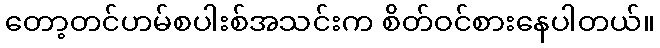
တော့တင်ဟမ်စပါးစ်အသင်းက စိတ်ဝင်စားနေပါတယ်။